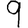
Digit: 9